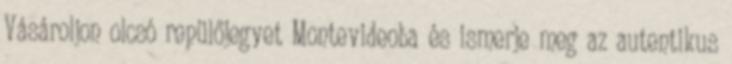
Vásároljon olcsó repülőjegyet Montevideoba és ismerje meg az autentikus